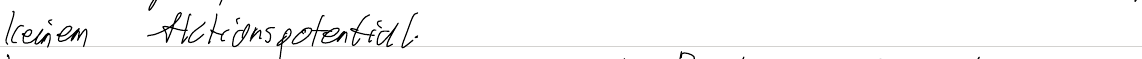
keinem Aktionspotential.